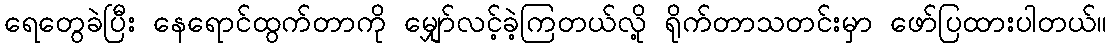
ရေတွေခဲပြီး နေရောင်ထွက်တာကို မျှော်လင့်ခဲ့ကြတယ်လို့ ရိုက်တာသတင်းမှာ ဖော်ပြထားပါတယ်။